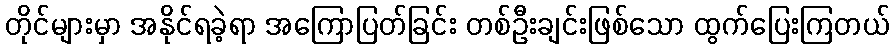
တိုင်များမှာ အနိုင်ရခဲ့ရာ အကြောပြတ်ခြင်း တစ်ဦးချင်းဖြစ်သော ထွက်ပြေးကြတယ်